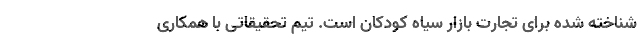
شناخته شده برای تجارت بازار سیاه کودکان است. تیم تحقیقاتی با همکاری